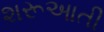
શરૂઆતી